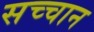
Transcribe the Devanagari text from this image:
सच्चान